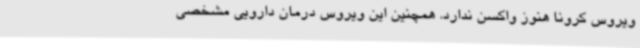
ویروس کرونا هنوز واکسن ندارد. همچنین این ویروس درمان دارویی مشخصی